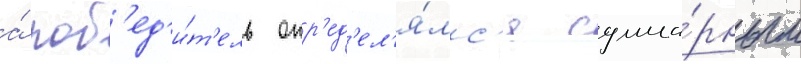
а́ поб'ед'и́т'ель опр'ед'ел'я́лс'я сумма́рным